Vaccination in Burma 1889-1999 - 1889-1999
Year: 1889
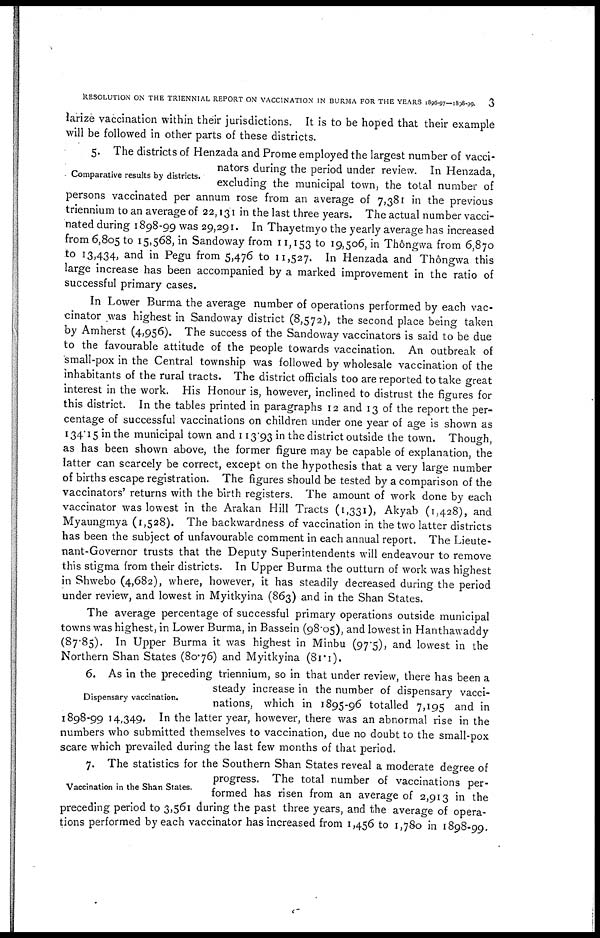
RESOLUTION ON THE TRIENNIAL REPORT ON VACCINATION IN BURMA FOR THE YEARS 1896-97-1898-1898-99. 3
larize vaccination within their jurisdictions. It is to be hoped that their example
will be followed in other parts of these districts.
Comparative results by districts.
5. The districts of Henzada and Prome employed the largest number of vacci-
nators during the period under review. In Henzada,
excluding the municipal town, the total number of
persons vaccinated per annum rose from an average of 7,381 in the previous
triennium to an average of 22,131 in the last three years. The actual number vacci-
nated during 1898-99 was 29,291. In Thayetmyo the yearly average has increased
from 6,805 to 15,568, in Sandoway from 11,153 to 19,506 in Thôngwa from 6,870
to 13,434, and in Pegu from 5,476 to 11,527. In Henzada and Thôngwa this
large increase has been accompanied by a marked improvement in the ratio of
successful primary cases.
In Lower Burma the average number of operations performed by each vac-
cinator was highest in Sandoway district (8,572), the second place being taken
by Amherst (4,956). The success of the Sandoway vaccinators is said to be due
to the favourable attitude of the people towards vaccination. An outbreak of
small-pox in the Central township was followed by wholesale vaccination of the
inhabitants of the rural tracts. The district officials too are reported to take great
interest in the work. His Honour is, however, inclined to distrust the figures for
this district. In the tables printed in paragraphs 12 and 13 of the report the per-
centage of successful vaccinations on children under one year of age is shown as
134.15 in the municipal town and 113.93 in the district outside the town. Though,
as has been shown above, the former figure may be capable of explanation, the
latter can scarcely be correct, except on the hypothesis that a very large number
of births escape registration. The figures should be tested by a comparison of the
vaccinators' returns with the birth registers. The amount of work done by each
vaccinator was lowest in the Arakan Hill Tracts (1,331), Akyab (1,428), and
Myaungmya (1,528). The backwardness of vaccination in the two latter districts
has been the subject of unfavourable comment in each annual report. The Lieute-
nant-Governor trusts that the Deputy Superintendents will endeavour to remove
this stigma from their districts. In Upper Burma the outturn of work was highest
in Shwebo (4,682), where, however, it has steadily decreased during the period
under review, and lowest in Myitkyina (863) and in the Shan States.
The average percentage of successful primary operations outside municipal
towns was highest, in Lower Burma, in Bassein (98.05), and lowest in Hanthawaddy
(87.85). In Upper Burma it was highest in Minbu (97.5), and lowest in the
Northern Shan States (80.76) and Myitkyina (81.1).
Dispensary vaccination.
6. As in the preceding triennium, so in that under review, there has been a
steady increase in the number of dispensary vacci-
nations, which in 1895-96 totalled 7,195 and in
1898-99 14,349. In the latter year, however, there was an abnormal rise in the
numbers who submitted themselves to vaccination, due no doubt to the small-pox
scare which prevailed during the last few months of that period.
Vaccination in the Shan States.
7. The statistics for the Southern Shan States reveal a moderate degree of
progress. The total number of vaccinations per-
formed has risen from an average of 2,913 in the
preceding period to 3,561 during the past three years, and the average of opera-
tions performed by each vaccinator has increased from 1,456 to 1,780 in 1898-99.